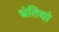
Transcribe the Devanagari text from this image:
भ्रंतियां